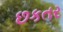
છકતર